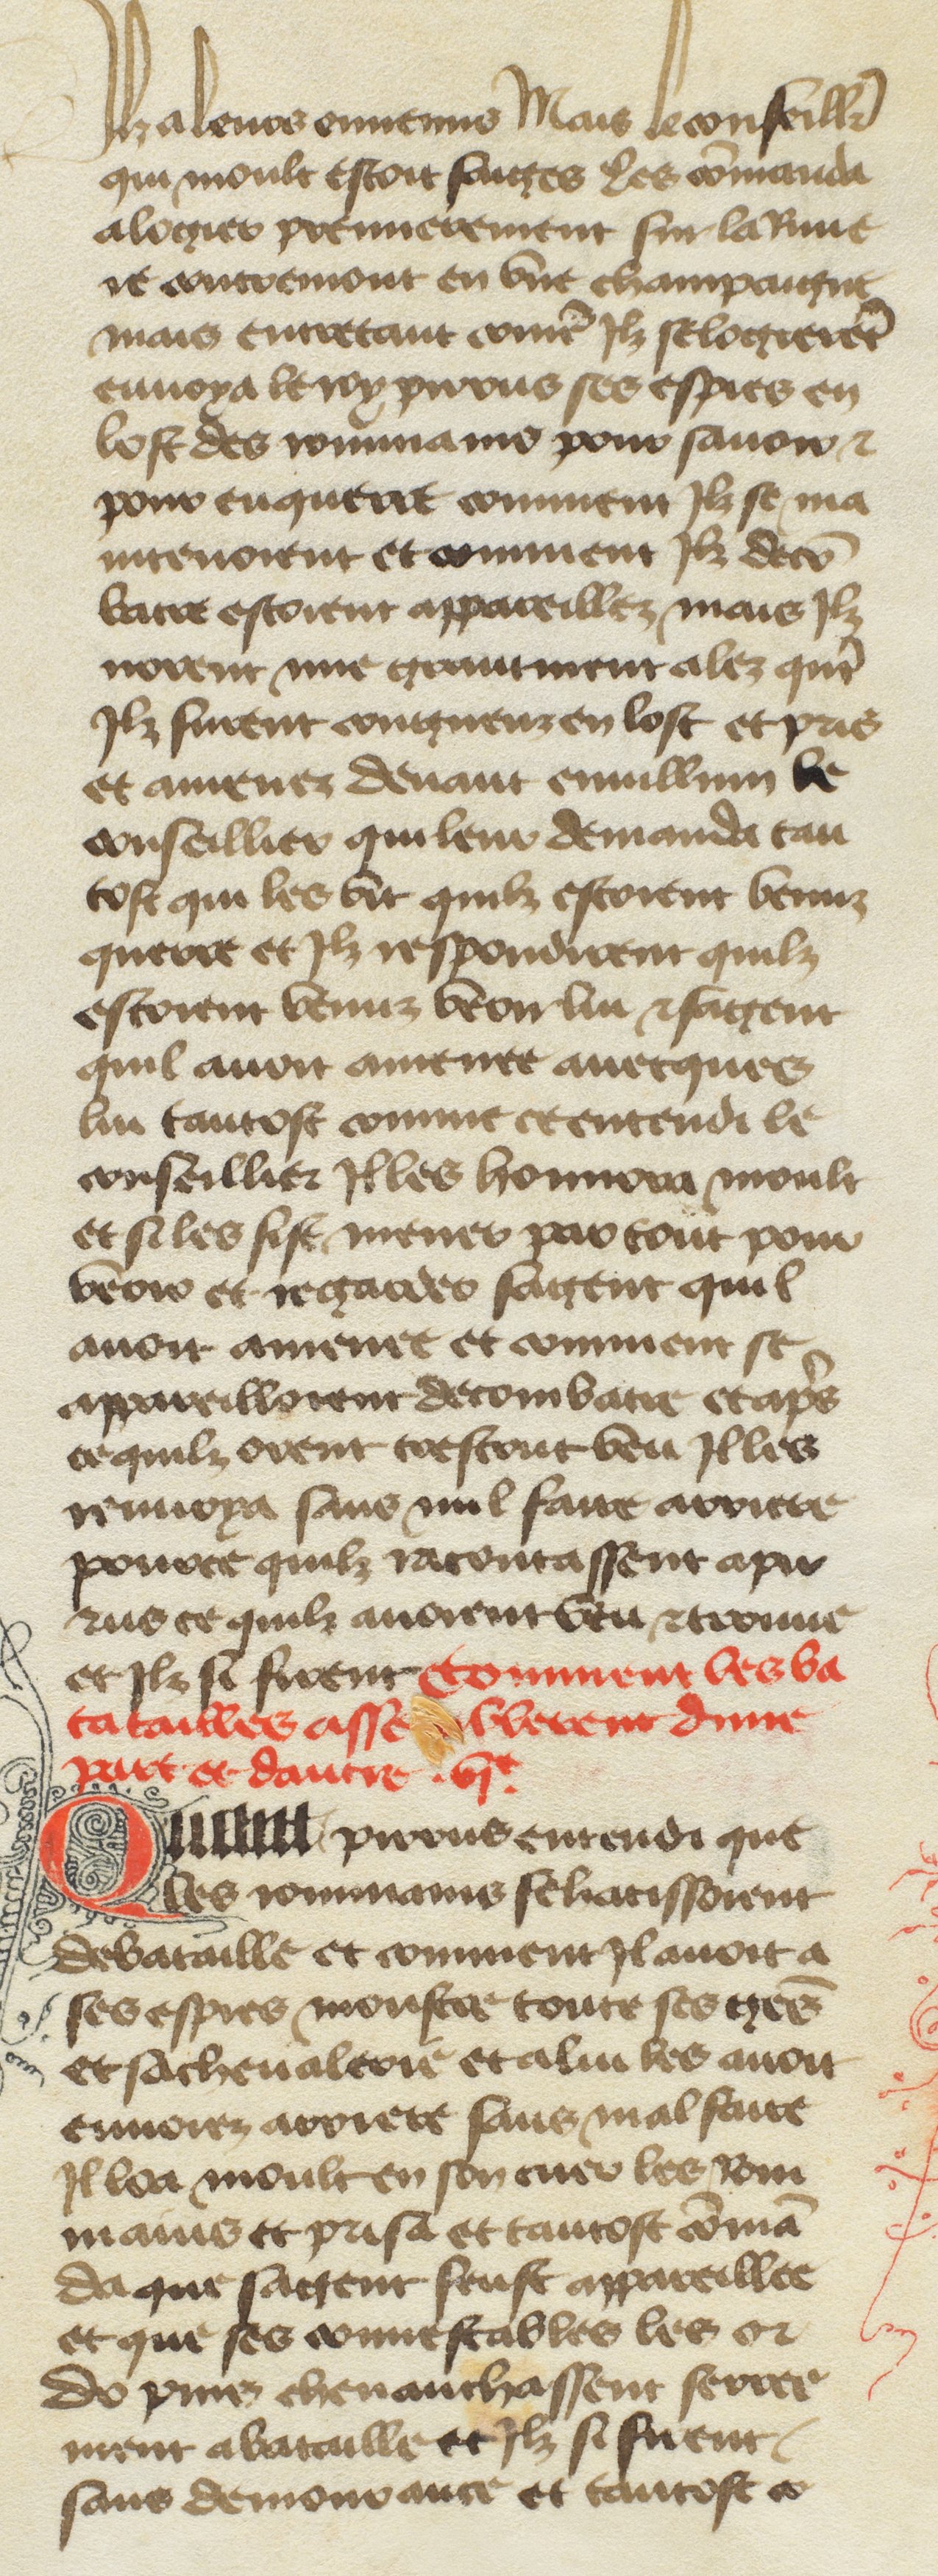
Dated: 1400–1449